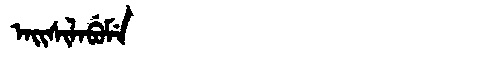
Manchu: ᠠᡳᠰᡳᠯᠠᠪᡠᠮᡝ
Romanization: AISILABUME